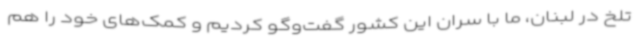
تلخ در لبنان، ما با سران این کشور گفت‌وگو کردیم و کمک‌های خود را هم